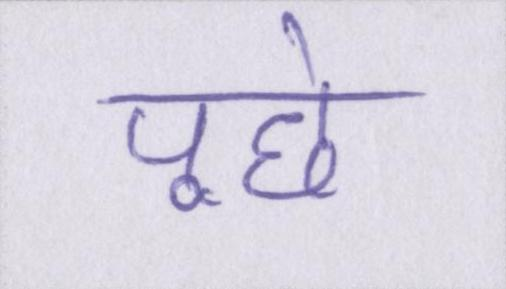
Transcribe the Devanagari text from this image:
पूछे